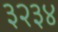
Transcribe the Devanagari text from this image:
३२३४